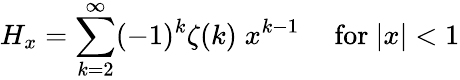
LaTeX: H_{x}=\sum_{k=2}^{\infty}(-1)^{k}\zeta(k)\; x^{k-1}\quad{\mathrm{~for~}}|x|<1